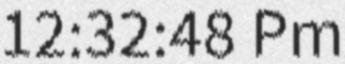
12:32:48 Pm